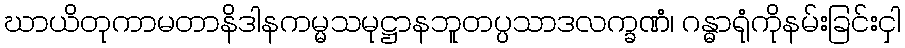
ဃာယိတုကာမတာနိဒါနကမ္မသမုဋ္ဌာနဘူတပ္ပသာဒလက္ခဏံ၊ ဂန္ဓာရုံကိုနမ်းခြင်းငှါ